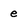
Character: e